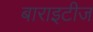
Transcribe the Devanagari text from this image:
बाराइटीज